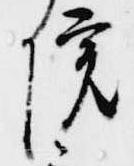
院